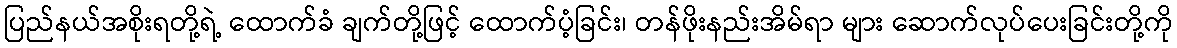
ပြည်နယ်အစိုးရတို့ရဲ့ ထောက်ခံ ချက်တို့ဖြင့် ထောက်ပံ့ခြင်း၊ တန်ဖိုးနည်းအိမ်ရာ များ ဆောက်လုပ်ပေးခြင်းတို့ကို